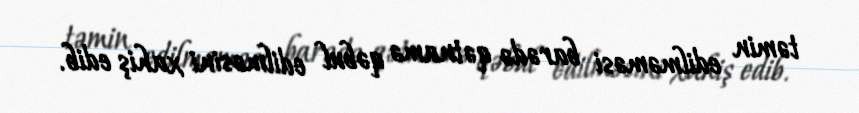
təmin edilməməsi barədə qətnamə qəbul edilməsini xahiş edib.